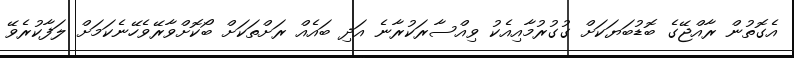
އެގޮތުން ރާއްޖޭގެ ބޮޑުބަޔަކަށް ގުގުރުމާއިއެކު ވިއްސާރަކުރާނެ އަދި ބައެއް ރަށްތަކަށް ބޯކޮށްވާރޭވެހޭނެކަމަށް ލަފާކުރެވޭ